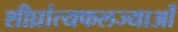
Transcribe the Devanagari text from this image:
शीघ्रांत्यफलज्याओं